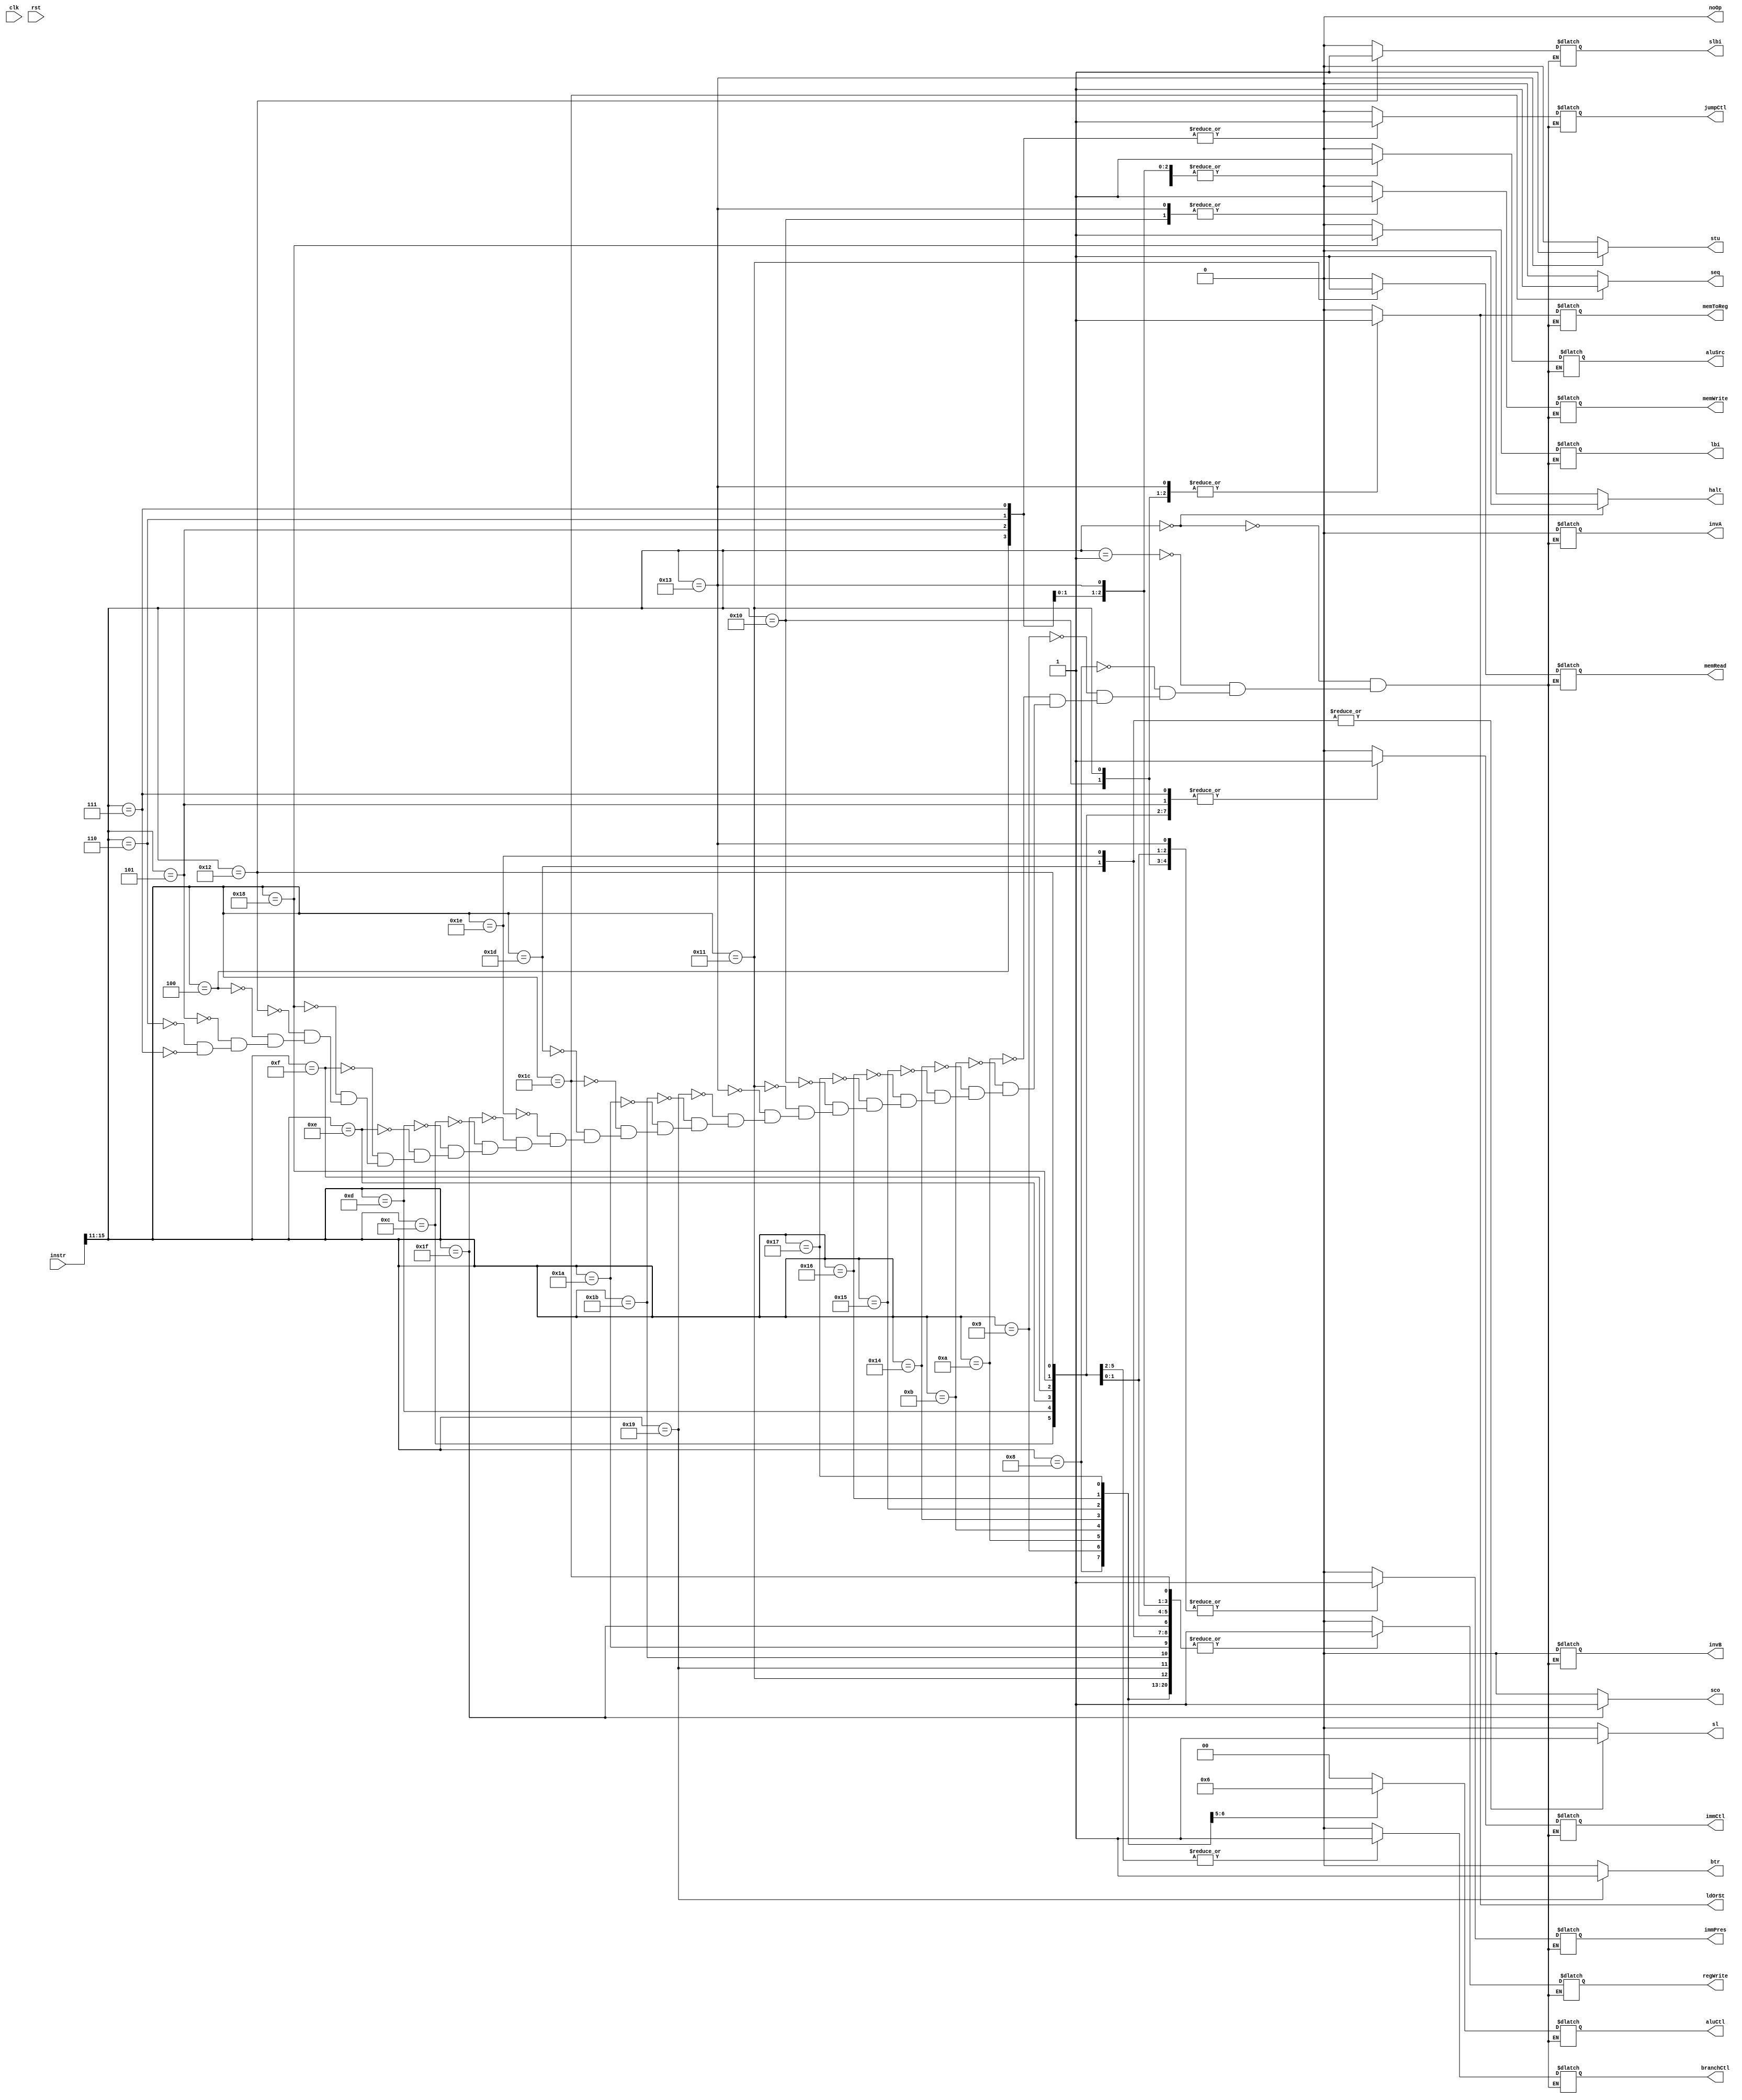
// Control Logic signals for our processor
module control(instr, clk, rst, ldOrSt, sl, sco, seq, regWrite, aluSrc, aluCtl, memWrite, memRead, memToReg, branchCtl, jumpCtl, invA, invB, halt, noOp, immCtl, stu, slbi, immPres, lbi, btr);

   input clk, rst;
   input [15:0] instr;
   output reg regWrite, aluSrc, btr, memWrite, memRead, memToReg, branchCtl, jumpCtl, invA, invB, halt, noOp, immCtl, stu, slbi, immPres, lbi;
   output reg seq, sl, sco, ldOrSt;
   output reg [1:0] aluCtl;

// Consult Excel Sheet for signal layout for each instruction
always @ (*)
begin

	// Default have halt and noOp deasserted
	stu <= 0;
	halt <= 0;
	noOp <= 0;
	ldOrSt <= 0;
	btr <= 0;
	sco <= 0;
	sl <= 0;
	seq <= 0;
	case (instr[15:11])
        5'b00000: begin
        	// HALT, Don't Cares
        	regWrite <= 0; aluSrc <= 0; memWrite <= 0; memRead <= 0; memToReg <= 0; branchCtl <= 0; jumpCtl <= 0;
            invA <= 0; invB <= 0; halt <= 1; noOp <= 0; immCtl <= 0; stu <= 0; slbi <= 0; immPres <= 0; lbi <= 0;	  
            aluCtl <= 0;
        end
        5'b00001: begin noOp <= 1;// NOP, Don't Cares
			
			regWrite <= 0; aluSrc <= 0; memWrite <= 0; memRead <= 0; memToReg <= 0; branchCtl <= 0; jumpCtl <= 0;
            invA <= 0; invB <= 0; halt <= 0; noOp <= 0; immCtl <= 0; stu <= 0; slbi <= 0; immPres <= 0; lbi <= 0;	  
            aluCtl <= 0;
		  end
		// Addi
		5'b01000: begin
			
			regWrite <= 1; aluSrc <= 1; memWrite <= 0; memRead <= 0; memToReg <= 0; branchCtl <= 0; jumpCtl <= 0;
            invA <= 0; invB <= 0; halt <= 0; noOp <= 0; immCtl <= 0; stu <= 0; slbi <= 0; immPres <= 1; lbi <= 0;	  
            aluCtl <= 0;
	  	end
		// Subi
		5'b01001: begin
			
			regWrite <= 1; aluSrc <= 1; memWrite <= 0; memRead <= 0; memToReg <= 0; branchCtl <= 0; jumpCtl <= 0;
            invA <= 0; invB <= 0; halt <= 0; noOp <= 0; immCtl <= 0; stu <= 0; slbi <= 0; immPres <= 1; lbi <= 0;
            aluCtl <= 1;
	  end
	// Xori
	5'b01010: begin
			
		  	regWrite <= 1; aluSrc <= 1; memWrite <= 0; memRead <= 0; memToReg <= 0; branchCtl <= 0; jumpCtl <= 0;
                  invA <= 0; invB <= 0; halt <= 0; noOp <= 0; immCtl <= 0; stu <= 0; slbi <= 0; immPres <= 1; lbi <= 0;
                  aluCtl <= 2;
	  end
	// Andi
	5'b01011: begin
			
		  regWrite <= 1; aluSrc <= 1; memWrite <= 0; memRead <= 0; memToReg <= 0; branchCtl <= 0; jumpCtl <= 0;
                  invA <= 0; invB <= 0; halt <= 0; noOp <= 0; immCtl <= 0; stu <= 0; slbi <= 0; immPres <= 1; lbi <= 0;
                  aluCtl <= 0;
	  end
	// Roli
	5'b10100: begin
		
		  regWrite <= 1; aluSrc <= 1; memWrite <= 0; memRead <= 0; memToReg <= 0; branchCtl <= 0; jumpCtl <= 0;
                  invA <= 0; invB <= 0; halt <= 0; noOp <= 0; immCtl <= 0; stu <= 0; slbi <= 0; immPres <= 1; lbi <= 0;
                  aluCtl <= 0;
	  end
	// Slli
	5'b10101: begin
		
		  regWrite <= 1; aluSrc <= 1; memWrite <= 0; memRead <= 0; memToReg <= 0; branchCtl <= 0; jumpCtl <= 0;
                  invA <= 0; invB <= 0; halt <= 0; noOp <= 0; immCtl <= 0; stu <= 0; slbi <= 0; immPres <= 1; lbi <= 0;
                  aluCtl <= 0;
	  end
	// Rori
	5'b10110: begin
		
		  regWrite <= 1; aluSrc <= 1; memWrite <= 0; memRead <= 0; memToReg <= 0; branchCtl <= 0; jumpCtl <= 0;
                  invA <= 0; invB <= 0; halt <= 0; noOp <= 0; immCtl <= 0; stu <= 0; slbi <= 0; immPres <= 1; lbi <= 0;
                  aluCtl <= 0;
	  end
	// Srli
	5'b10111: begin
		
		  regWrite <= 1; aluSrc <= 1; memWrite <= 0; memRead <= 0; memToReg <= 0; branchCtl <= 0; jumpCtl <= 0;
                  invA <= 0; invB <= 0; halt <= 0; noOp <= 0; immCtl <= 0; stu <= 0; slbi <= 0; immPres <= 1; lbi <= 0;
                  aluCtl <= 0;
	  end
	// St
	5'b10000: begin
		
		  regWrite <= 0; aluSrc <= 1; memWrite <= 1; memRead <= 0; memToReg <= 1; branchCtl <= 0; jumpCtl <= 0;
                  invA <= 0; invB <= 0; halt <= 0; noOp <= 0; immCtl <= 0; stu <= 0; slbi <= 0; immPres <= 1; lbi <= 0;
                  aluCtl <= 0; ldOrSt <= 1;
	  end
        // Ld
	5'b10001: begin
		
		  regWrite <= 1; aluSrc <= 1; memWrite <= 0; memRead <= 1; memToReg <= 1; branchCtl <= 0; jumpCtl <= 0;
                  invA <= 0; invB <= 0; halt <= 0; noOp <= 0; immCtl <= 0; stu <= 0; slbi <= 0; immPres <= 1; lbi <= 0;
                  aluCtl <= 0; ldOrSt <= 1;
	  end
        // Stu
	5'b10011: begin
		
		  regWrite <= 1; aluSrc <= 1; memWrite <= 1; memRead <= 0; memToReg <= 1; branchCtl <= 0; jumpCtl <= 0;
                  invA <= 0; invB <= 0; halt <= 0; noOp <= 0; immCtl <= 0; stu <= 1; slbi <= 0; immPres <= 1; lbi <= 0;
                  aluCtl <= 0; ldOrSt <= 1;
	  end
	// Btr
	5'b11001: begin 
		
	          regWrite <= 1; aluSrc <= 0; memWrite <= 0; memRead <= 0; memToReg <= 0; branchCtl <= 0; jumpCtl <= 0;
                  invA <= 0; invB <= 0; halt <= 0; noOp <= 0; immCtl <= 0; stu <= 0; slbi <= 0; immPres <= 0; lbi <= 0;
                  aluCtl <= 0;
		  btr <= 1;
	  end
	// Add, Sub, Xor, Andn  TODO: Set invB for andn
	5'b11011: begin 
		
	          regWrite <= 1; aluSrc <= 0; memWrite <= 0; memRead <= 0; memToReg <= 0; branchCtl <= 0; jumpCtl <= 0;
                  invA <= 0; invB <= 0; halt <= 0; noOp <= 0; immCtl <= 0; stu <= 0; slbi <= 0; immPres <= 0; lbi <= 0;
                  aluCtl <= 0;
	  end
	// Rol, Sll, Ror, Srl
	5'b11010: begin
		
		  regWrite <= 1; aluSrc <= 0; memWrite <= 0; memRead <= 0; memToReg <= 0; branchCtl <= 0; jumpCtl <= 0;
                  invA <= 0; invB <= 0; halt <= 0; noOp <= 0; immCtl <= 0; stu <= 0; slbi <= 0; immPres <= 0; lbi <= 0;
                  aluCtl <= 0;
	  end
        // Seq
	5'b11100: begin 
		
		  regWrite <= 1; aluSrc <= 0; memWrite <= 0; memRead <= 0; memToReg <= 0; branchCtl <= 0; jumpCtl <= 0;
                  invA <= 0; invB <= 0; halt <= 0; noOp <= 0; immCtl <= 0; stu <= 0; slbi <= 0; immPres <= 0; lbi <= 0;
                  aluCtl <= 0;
		  seq <= 1;
	  end
        // Slt
	5'b11101: begin
		
		  regWrite <= 1; aluSrc <= 0; memWrite <= 0; memRead <= 0; memToReg <= 0; branchCtl <= 0; jumpCtl <= 0;
                  invA <= 0; invB <= 0; halt <= 0; noOp <= 0; immCtl <= 0; stu <= 0; slbi <= 0; immPres <= 0; lbi <= 0;
                  aluCtl <= 0;
		  sl <= 1;
	  end
	// Sle
	5'b11110: begin
		
		  regWrite <= 1; aluSrc <= 0; memWrite <= 0; memRead <= 0; memToReg <= 0; branchCtl <= 0; jumpCtl <= 0;
                  invA <= 0; invB <= 0; halt <= 0; noOp <= 0; immCtl <= 0; stu <= 0; slbi <= 0; immPres <= 0; lbi <= 0;
                  aluCtl <= 0;
		  sl <= 1;
	  end
	// Sco
	5'b11111: begin
		
		  regWrite <= 1; aluSrc <= 0; memWrite <= 0; memRead <= 0; memToReg <= 0; branchCtl <= 0; jumpCtl <= 0;
                  invA <= 0; invB <= 0; halt <= 0; noOp <= 0; immCtl <= 0; stu <= 0; slbi <= 0; immPres <= 0; lbi <= 0;
                  aluCtl <= 0;
		  sco <= 1;
	  end
	// Beqz
	5'b01100: begin
		
		  regWrite <= 0; aluSrc <= 1; memWrite <= 0; memRead <= 0; memToReg <= 0; branchCtl <= 1; jumpCtl <= 0;
                  invA <= 0; invB <= 0; halt <= 0; noOp <= 0; immCtl <= 1; stu <= 0; slbi <= 0; immPres <= 0; lbi <= 0;
                  aluCtl <= 0;
	  end
        // Bnez
	5'b01101: begin
		
		  regWrite <= 0; aluSrc <= 1; memWrite <= 0; memRead <= 0; memToReg <= 0; branchCtl <= 1; jumpCtl <= 0;
                  invA <= 0; invB <= 0; halt <= 0; noOp <= 0; immCtl <= 1; stu <= 0; slbi <= 0; immPres <= 0; lbi <= 0;
                  aluCtl <= 0;
	  end
	// Bltz
	5'b01110: begin
		
		  regWrite <= 0; aluSrc <= 1; memWrite <= 0; memRead <= 0; memToReg <= 0; branchCtl <= 1; jumpCtl <= 0;
                  invA <= 0; invB <= 0; halt <= 0; noOp <= 0; immCtl <= 1; stu <= 0; slbi <= 0; immPres <= 0; lbi <= 0;
                  aluCtl <= 0;
	  end
	// Bgez
	5'b01111: begin
		
		  regWrite <= 0; aluSrc <= 1; memWrite <= 0; memRead <= 0; memToReg <= 0; branchCtl <= 1; jumpCtl <= 0;
                  invA <= 0; invB <= 0; halt <= 0; noOp <= 0; immCtl <= 1; stu <= 0; slbi <= 0; immPres <= 0; lbi <= 0;
                  aluCtl <= 0;
	  end
	// Lbi
	5'b11000: begin
		
		  regWrite <= 1; aluSrc <= 1; memWrite <= 0; memRead <= 0; memToReg <= 0; branchCtl <= 0; jumpCtl <= 0;
                  invA <= 0; invB <= 0; halt <= 0; noOp <= 0; immCtl <= 1; stu <= 0; slbi <= 0; immPres <= 1; lbi <= 1;
                  aluCtl <= 0;
	  end
	// Slbi
	5'b10010: begin
		
		  regWrite <= 1; aluSrc <= 1; memWrite <= 0; memRead <= 0; memToReg <= 0; branchCtl <= 0; jumpCtl <= 0;
                  invA <= 0; invB <= 0; halt <= 0; noOp <= 0; immCtl <= 1; stu <= 0; slbi <= 1; immPres <= 1; lbi <= 0;
                  aluCtl <= 0;
	  end
	// J displacement
	5'b00100: begin
		
		  regWrite <= 0; aluSrc <= 1; memWrite <= 0; memRead <= 0; memToReg <= 0; branchCtl <= 0; jumpCtl <= 1;
                  invA <= 0; invB <= 0; halt <= 0; noOp <= 0; immCtl <= 0; stu <= 0; slbi <= 0; immPres <= 0; lbi <= 0;
                  aluCtl <= 0;
	  end
	// Jr
	5'b00101: begin
		
		  regWrite <= 0; aluSrc <= 1; memWrite <= 0; memRead <= 0; memToReg <= 0; branchCtl <= 0; jumpCtl <= 1;
                  invA <= 0; invB <= 0; halt <= 0; noOp <= 0; immCtl <= 1; stu <= 0; slbi <= 0; immPres <= 0; lbi <= 0;
                  aluCtl <= 0;
	  end
 	// Jal
	5'b00110: begin
		
		  regWrite <= 1; aluSrc <= 1; memWrite <= 0; memRead <= 0; memToReg <= 0; branchCtl <= 0; jumpCtl <= 1;
                  invA <= 0; invB <= 0; halt <= 0; noOp <= 0; immCtl <= 0; stu <= 0; slbi <= 0; immPres <= 0; lbi <= 0;
                  aluCtl <= 0;
	  end
	// Jalr
	5'b00111: begin
		
		  regWrite <= 1; aluSrc <= 1; memWrite <= 0; memRead <= 0; memToReg <= 0; branchCtl <= 0; jumpCtl <= 1;
                  invA <= 0; invB <= 0; halt <= 0; noOp <= 0; immCtl <= 1; stu <= 0; slbi <= 0; immPres <= 0; lbi <= 0;
                  aluCtl <= 0;
	  end
	  5'b00010:begin end // siic
	  5'b00011: begin end // RTI
	  default: begin end // ERROR
   endcase
end

// aluCtl logic

endmodule